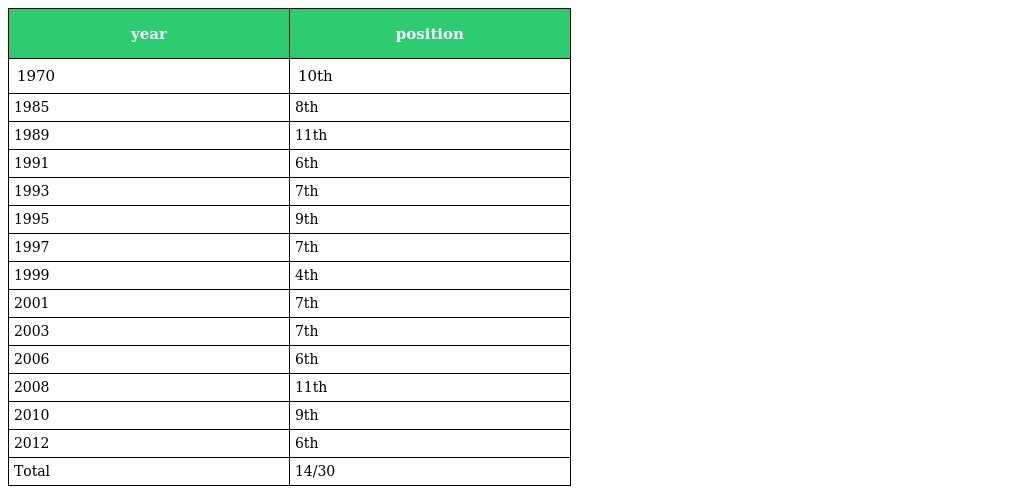
| year | position |
 | --- | --- |
 | 1970 | 10th |
 | 1985 | 8th |
 | 1989 | 11th |
 | 1991 | 6th |
 | 1993 | 7th |
 | 1995 | 9th |
 | 1997 | 7th |
 | 1999 | 4th |
 | 2001 | 7th |
 | 2003 | 7th |
 | 2006 | 6th |
 | 2008 | 11th |
 | 2010 | 9th |
 | 2012 | 6th |
 | Total | 14/30 |